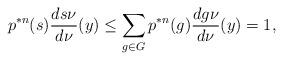
LaTeX: \begin{align*}p^{*n}(s) \frac{ds\nu}{d\nu}(y) \leq \sum_{g \in G} p^{*n}(g) \frac{dg\nu}{d\nu}(y) = 1, \end{align*}